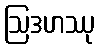
ဩဒဟဿု